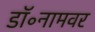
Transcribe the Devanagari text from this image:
डॉ॰नामवर